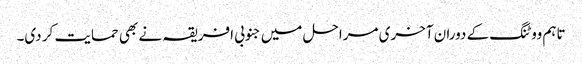
تاہم ووٹنگ کے دوران آخری مراحل میں جنوبی افریقہ نے بھی حمایت کر دی۔